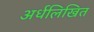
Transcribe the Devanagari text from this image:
अर्धलिखित